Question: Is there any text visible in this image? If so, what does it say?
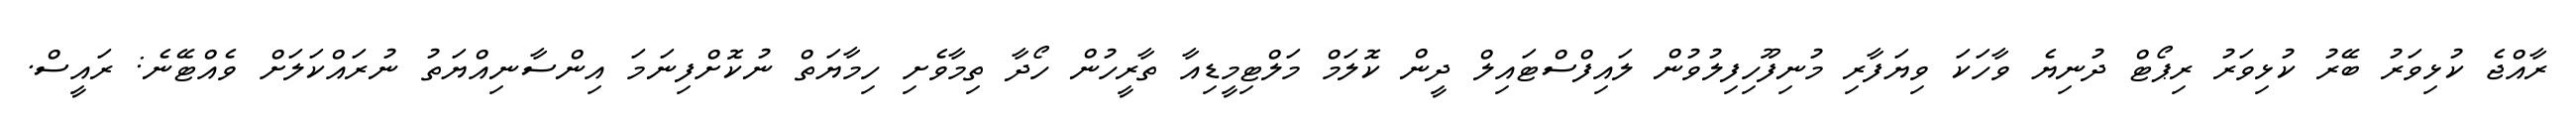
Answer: ރާއްޖެ ކުޅިވަރު ބޭރު ކުޅިވަރު ރިޕޯޓް ދުނިޔެ ވާހަކަ ވިޔަފާރި މުނިފޫހިފިލުވުން ލައިފްސްޓައިލް ދީން ކޮލަމް މަލްޓިމީޑިއާ ތާރީހުން ހޯދާ ތިމާވެށި ހިމާޔަތް ނުކޮށްފިނަމަ އިންސާނިއްޔަތު ނުރައްކަލަށް ވެއްޓޭނެ: ރައީސް.